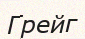
Грейг